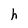
Character: h